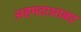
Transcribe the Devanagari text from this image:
अहमदाआबद